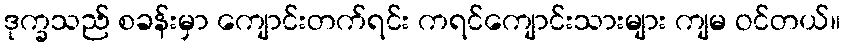
ဒုက္ခသည် စခန်းမှာ ကျောင်းတက်ရင်း ကရင်ကျောင်းသားများ ကျမ ဝင်တယ်။